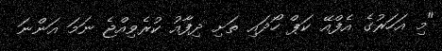
"މި އަހަރުގެ އެފްއޭ ކަޕް ހޯދައި ތަށި ދިފާއު ކުރެވިއްޖެ ނަމަ އަންނަ